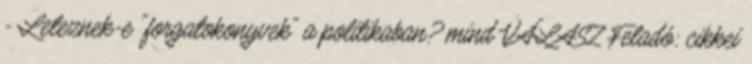
- Leteznek-e "forgatokonyvek" a politikaban? mind VÁLASZ Feladó: cikkei